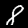
Digit: 8